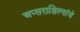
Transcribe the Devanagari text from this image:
अप्सराशिल्पांचे